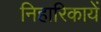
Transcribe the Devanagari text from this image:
निहारिकायें